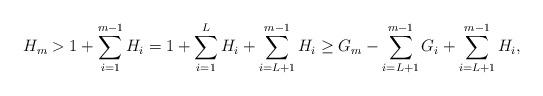
LaTeX: \begin{align*} H_m>1+\sum^{m-1}_{i=1}H_i=1+\sum^{L}_{i=1}H_i+\sum_{i=L+1}^{m-1}H_i\geq G_m-\sum_{i=L+1}^{m-1}G_i+\sum_{i=L+1}^{m-1}H_i,\end{align*}